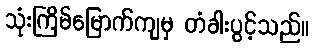
သုံးကြိမ်မြောက်ကျမှ တံခါးပွင့်သည်။